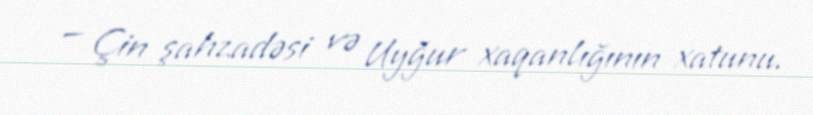
— Çin şahzadəsi və Uyğur xaqanlığının xatunu.